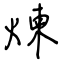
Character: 煉